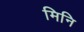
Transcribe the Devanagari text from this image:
मिनि